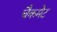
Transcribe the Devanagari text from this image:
चैकमेट